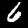
Digit: 6